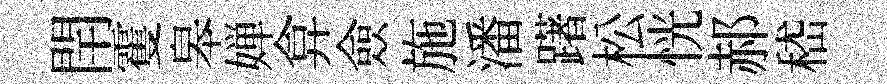
閈䨥皋婵弇僉施潘躇松恍郝嵇